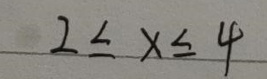
\[ 2\leq x\leq 4 \]